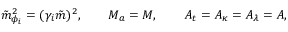
\tilde { m } _ { \phi _ { i } } ^ { 2 } = ( \gamma _ { i } \tilde { m } ) ^ { 2 } , \qquad M _ { a } = M , \qquad A _ { t } = A _ { \kappa } = A _ { \lambda } = A ,